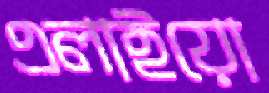
এলাইয়ো